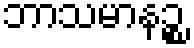
ဘာသမာနဉ္စ